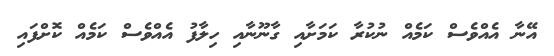
އޭނާ އެއްވެސް ކަމެއް ނުކުރާ ކަމަށާއި ގާނޫނާއި ހިލާފު އެއްވެސް ކަމެއް ކޮށްފައި